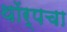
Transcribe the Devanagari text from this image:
थॉर्पचा